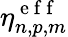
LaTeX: \eta_{n,p,m}^{\mathrm{~e~f~f~}}